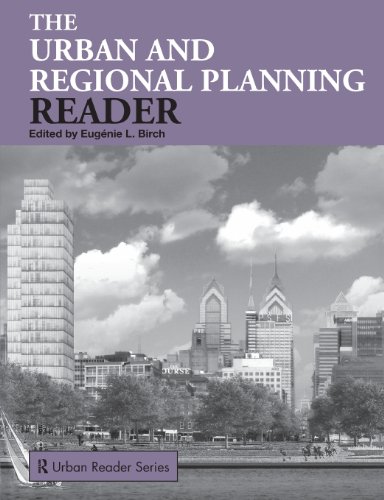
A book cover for The Urban and Regional Planning Reader (Routledge Urban Reader Series); Politics & Social Sciences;